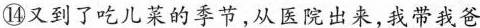
⑭又到了吃儿菜的季节，从医院出来,我带我爸